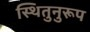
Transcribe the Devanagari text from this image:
स्थितुनुरूप